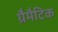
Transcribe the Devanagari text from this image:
ग्रैमैटिक